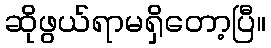
ဆိုဖွယ်ရာမရှိတော့ပြီ။